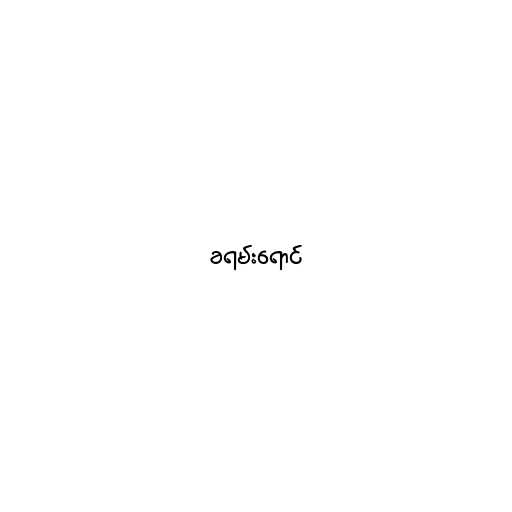
ခရမ်းရောင်